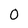
Character: O